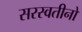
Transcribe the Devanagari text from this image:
सरस्वतीनो